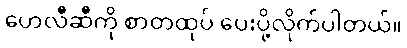
ဟေလီဆီကို စာတထုပ် ပေးပို့လိုက်ပါတယ်။